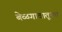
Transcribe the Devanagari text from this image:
बेळगावातूनच